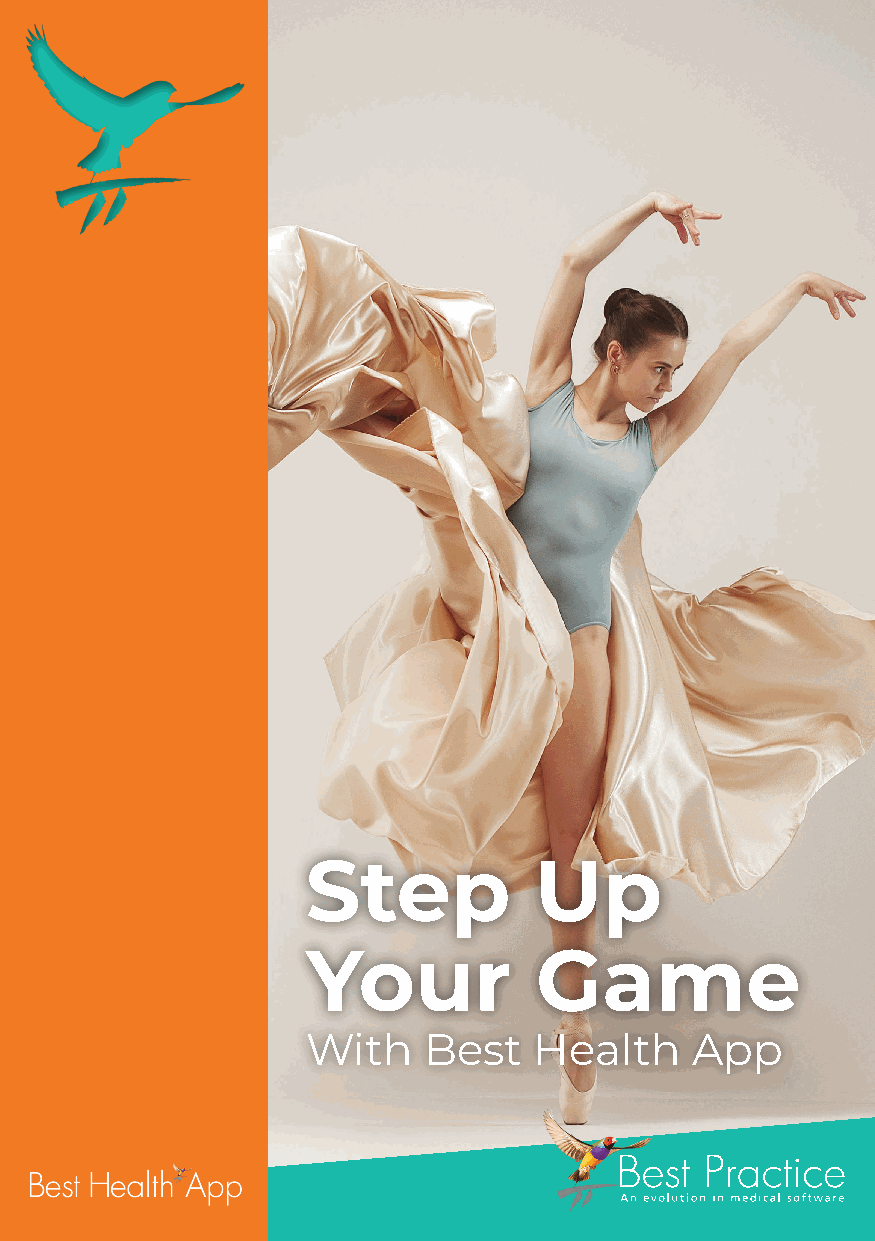
Step           Up
 Your           Game
 With    Best   Health     App